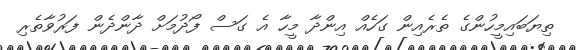
ތިޔަބައިމީހުންގެ ތެރެއިން ގަހެއް އިންދާ މީހާ އެ ގަސް ފޯދުމަށް ދާންދެން ފަރުވާތެރި